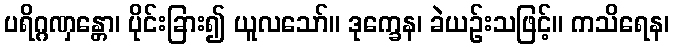
ပရိဂ္ဂဏှန္တော၊ ပိုင်းခြား၍ ယူလသော်။ ဒုက္ခေန၊ ခဲယဉ်းသဖြင့်။ ကသိရေန၊